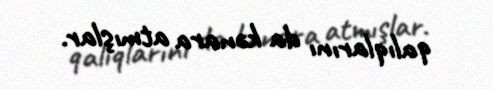
qalıqlarını da kənara atmışlar.